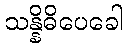
သန္နိဓိပေခေါ